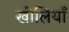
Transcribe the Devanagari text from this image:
खोलियाँ